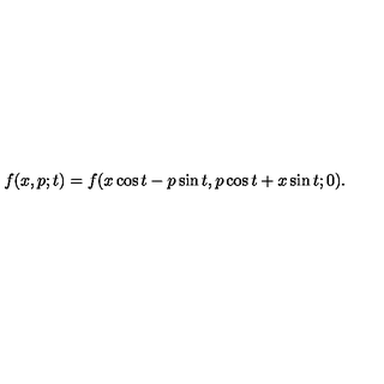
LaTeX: f ( x , p ; t ) = f ( x \cos t - p \sin t , p \cos t + x \sin t ; 0 ) .